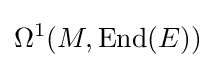
\Omega ^{1}(M,\operatorname {End} (E))